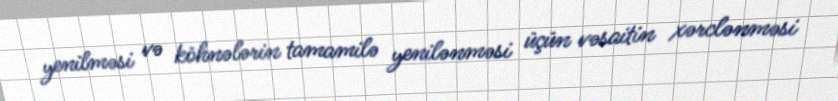
yenilməsi və köhnələrin tamamilə yenilənməsi üçün vəsaitin xərclənməsi